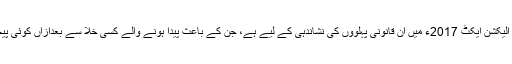
مذکورہ بالا امورکا تذکرہ الیکشن ایکٹ 2017ء میں ان قانونی پہلووں کی نشاندہی کے لیے ہے، جن کے باعث پیدا ہونے والے کسی خلا سے بعدازاں کوئی پیچیدگی جنم لے سکتی ہے۔